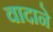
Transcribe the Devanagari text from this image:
वादाने